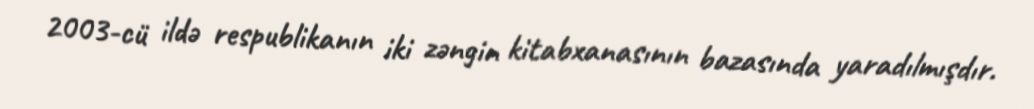
2003-cü ildə respublikanın iki zəngin kitabxanasının bazasında yaradılmışdır.